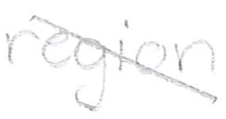
Text: region.
Cross-out: mix
Writing tool: pencil